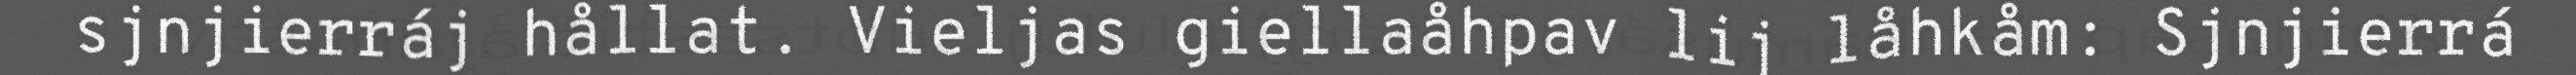
sjnjierráj hållat. Vieljas giellaåhpav lij låhkåm: Sjnjierrá